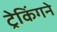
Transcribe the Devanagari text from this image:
ट्रेकिंगने